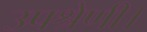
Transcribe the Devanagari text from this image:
उपश्रेणी।